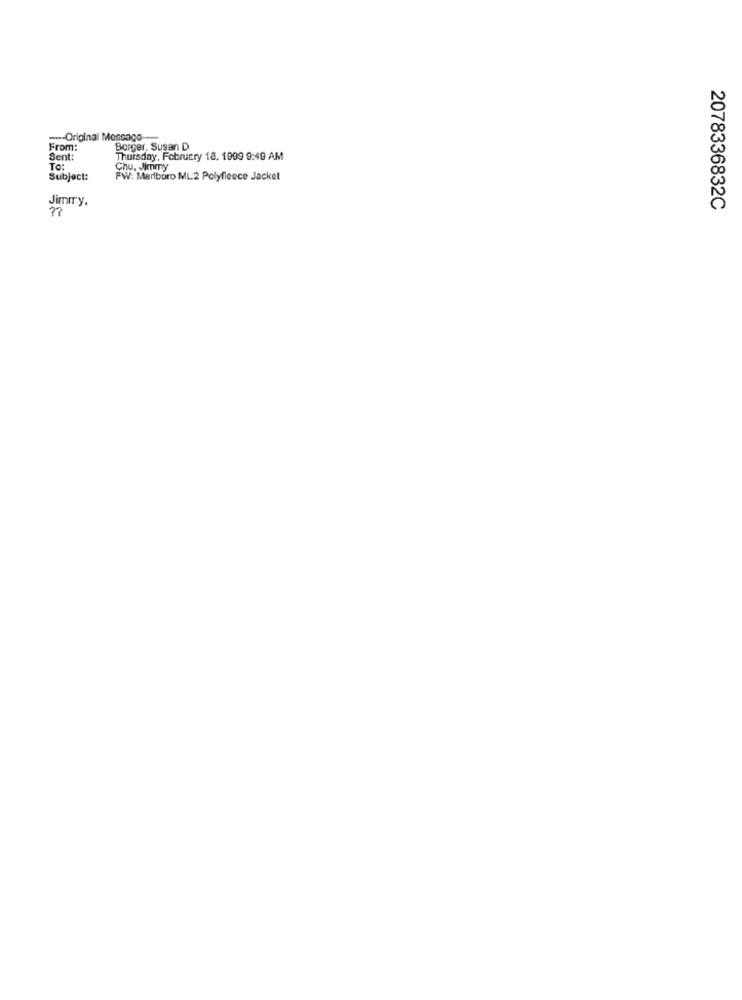
--- Original Message
From:
Borger, Susan D
Sent:
Thursday, February 18. 1999 9:49 AM
To:
Chu. Jimmy
Subject:
FW: Marlboro ML:2 Polyfleece Jacket
Jimmy.
2078336832C